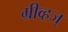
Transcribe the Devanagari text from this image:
ग्रीव्हज्